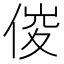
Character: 𠊂